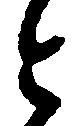
と